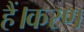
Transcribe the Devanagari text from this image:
हैं।करण